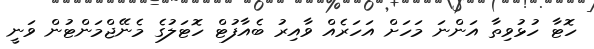
ހޮޓާ ހުޅުވިތާ އަންނަ މަހަށް އަހަރެއް ވާއިރު ބެއާފުޓް ހޮޓަލުގެ މެނޭޖްމަންޓުން ވަނީ